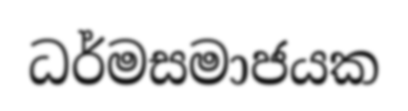
ධර්මසමාජයක